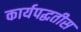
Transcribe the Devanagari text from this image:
कार्यपद्धतीस